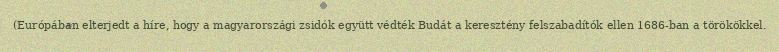
(Európában elterjedt a híre, hogy a magyarországi zsidók együtt védték Budát a keresztény felszabadítók ellen 1686-ban a törökökkel.